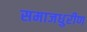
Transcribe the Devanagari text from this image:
समाजधुरीण